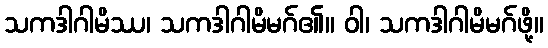
သကဒါဂါမိဿ၊ သကဒါဂါမိမဂ်၏။ ဝါ၊ သကဒါဂါမိမဂ်ဖို့။